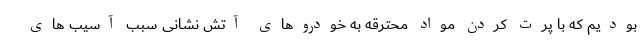
بودیم که با پرت کردن مواد محترقه به خودروهای آتش نشانی سبب آسیب های